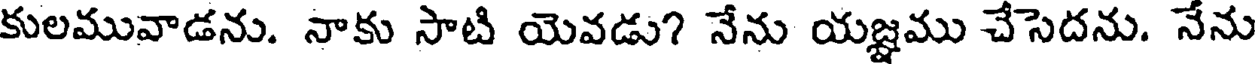
కులమువాడను. నాకు సాటి యెవడు? నేను యజ్ఞము చేసెదను. నేను